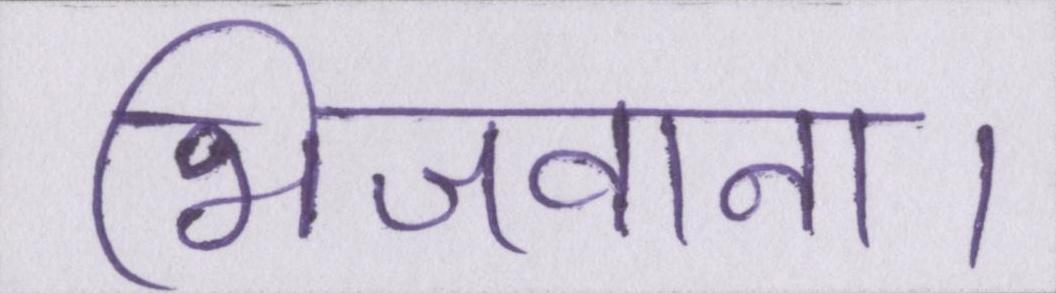
भिजवाना।